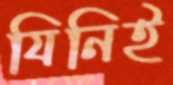
যিনিই